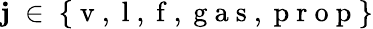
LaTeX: \mathbf{j}~\in~\{ \mathrm{{~v~,~l~,~f~,~g~a~s~,~p~r~o~p~}}\}